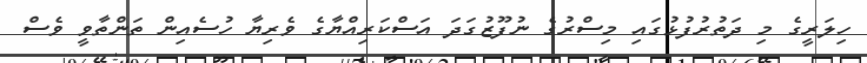
ހިލަރީގެ މި ދަތުރުފުޅުގައި މިސްރުގެ ނުފޫޒުގަދަ އަސްކަރިއްޔާގެ ވެރިޔާ ހުސެއިން ތަންތާވީ ވެސް